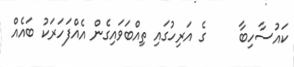
ކައުސާހިބާ     ގެ އަރިހުގައި ތިއްބަވައިގެން އެއްފަހަރަކު ބައެއް